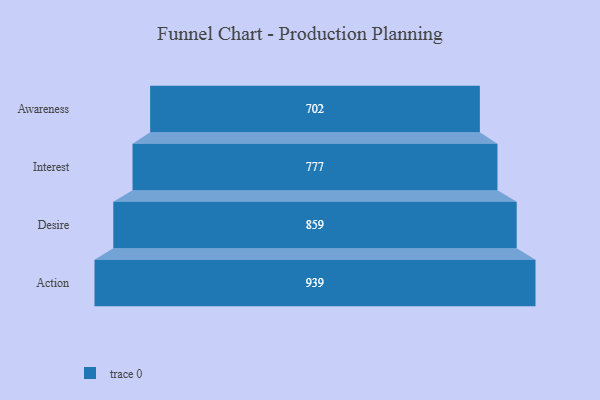
{"axis": {"x": "Stage", "y": "Value"}, "legend": [""], "data": [{"x": "Awareness", "y": 702.0, "type": ""}, {"x": "Interest", "y": 777.0, "type": ""}, {"x": "Desire", "y": 859.0, "type": ""}, {"x": "Action", "y": 939.0, "type": ""}]}